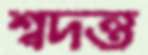
শ্বদন্ত